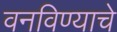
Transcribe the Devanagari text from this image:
वनविण्याचे